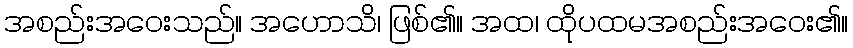
အစည်းအဝေးသည်။ အဟောသိ၊ ဖြစ်၏။ အထ၊ ထိုပထမအစည်းအဝေး၏။